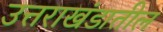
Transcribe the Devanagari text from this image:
उत्तराखंडातील